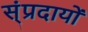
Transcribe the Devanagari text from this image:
स्ंप्रदायों